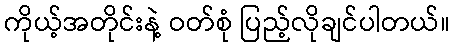
ကိုယ့်အတိုင်းနဲ့ ဝတ်စုံ ပြည့်လိုချင်ပါတယ်။